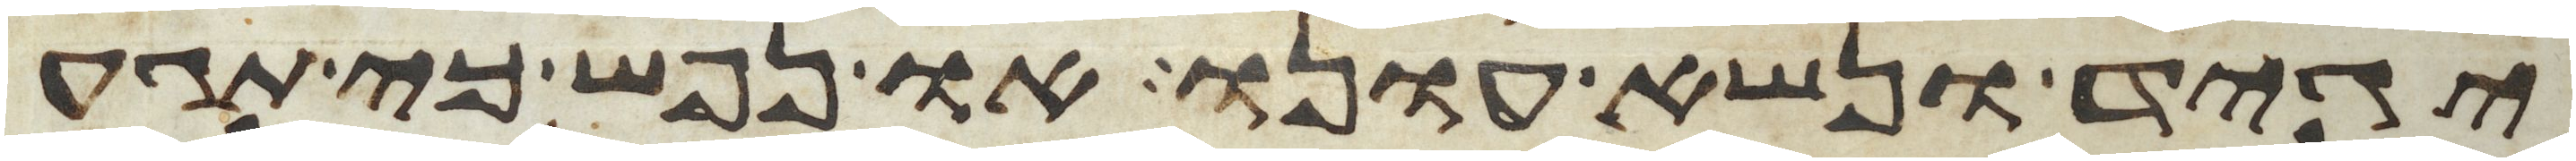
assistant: יגיד ונשא עונו או נפש כי תגע